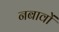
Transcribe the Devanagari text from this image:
नबावों